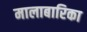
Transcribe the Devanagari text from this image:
मालाबारिका